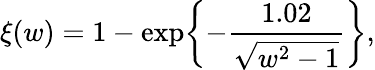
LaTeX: \xi(w)=1-\exp\biggl\{ -\frac{1.02}{\sqrt{w^{2}-1}}\biggr\} ,